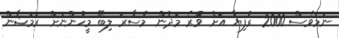
ނަމަވެސް 2000 ރުފިޔާ އަށް ވުރެ މަދުން މުސާރަ ލިބޭ މީހުންނަށް ރަމަޟާން